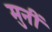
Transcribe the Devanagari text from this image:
मुनीं